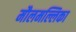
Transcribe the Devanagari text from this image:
मौलमल्लिका